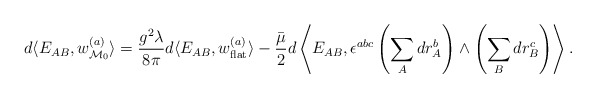
\begin{align*}d\langle E_{AB},w^{(a)}_{{\cal M}_0}\rangle=\frac{g^2\lambda}{8\pi}d\langle E_{AB},w^{(a)}_{\rm flat}\rangle-\frac{\bar \mu}{2}d\left\langle E_{AB},\epsilon^{abc}\left(\sum_A dr^b_A\right)\wedge \left(\sum_B dr_B^c\right)\right\rangle.\end{align*}